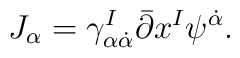
J_{\alpha}=\gamma^I_{\alpha\dot\alpha}\bar\partial x^I \psi^{\dot\alpha}.